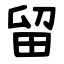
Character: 留